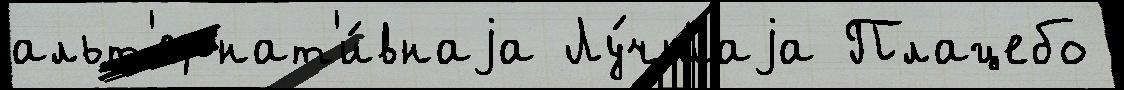
альт'ернат'и́внаjа Лу́чшаjа Плацебо